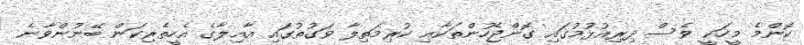
ކޮންމެ މީހަކީ ވެސް ދިރިއުޅުމުގައި ގޮންޖެހުންތަކާއި ކުރިމަތިލާ ވަގުތުގައިި އާއިލާގެ އެހީތެރިކަން ބޭނުންވާނެ